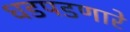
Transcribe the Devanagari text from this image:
धडपडणारे